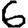
Digit: 6